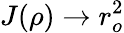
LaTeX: J(\rho)\to r_{o}^{2}